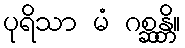
ပုရိသာ မံ ဂစ္ဆန္တိ။